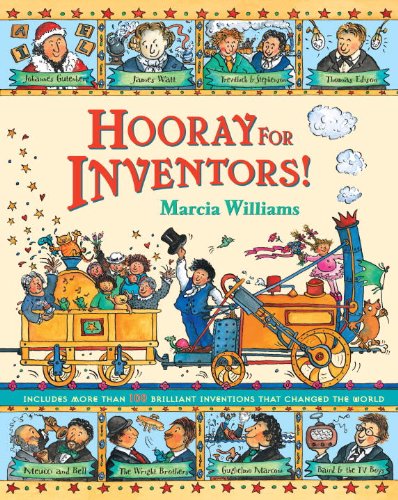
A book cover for Hooray For Inventors!; Marcia Williams; Children's Books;